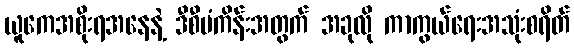
ယူကေအစိုးရအနေနဲ့ ဒီစီမံကိန်းအတွက် အခုလို ကာကွယ်ရေးအသုံးစရိတ်